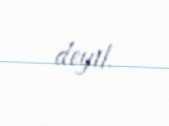
deyil.